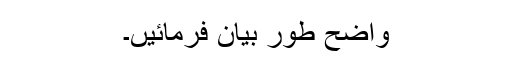
واضح طور بیان فرمائیں۔